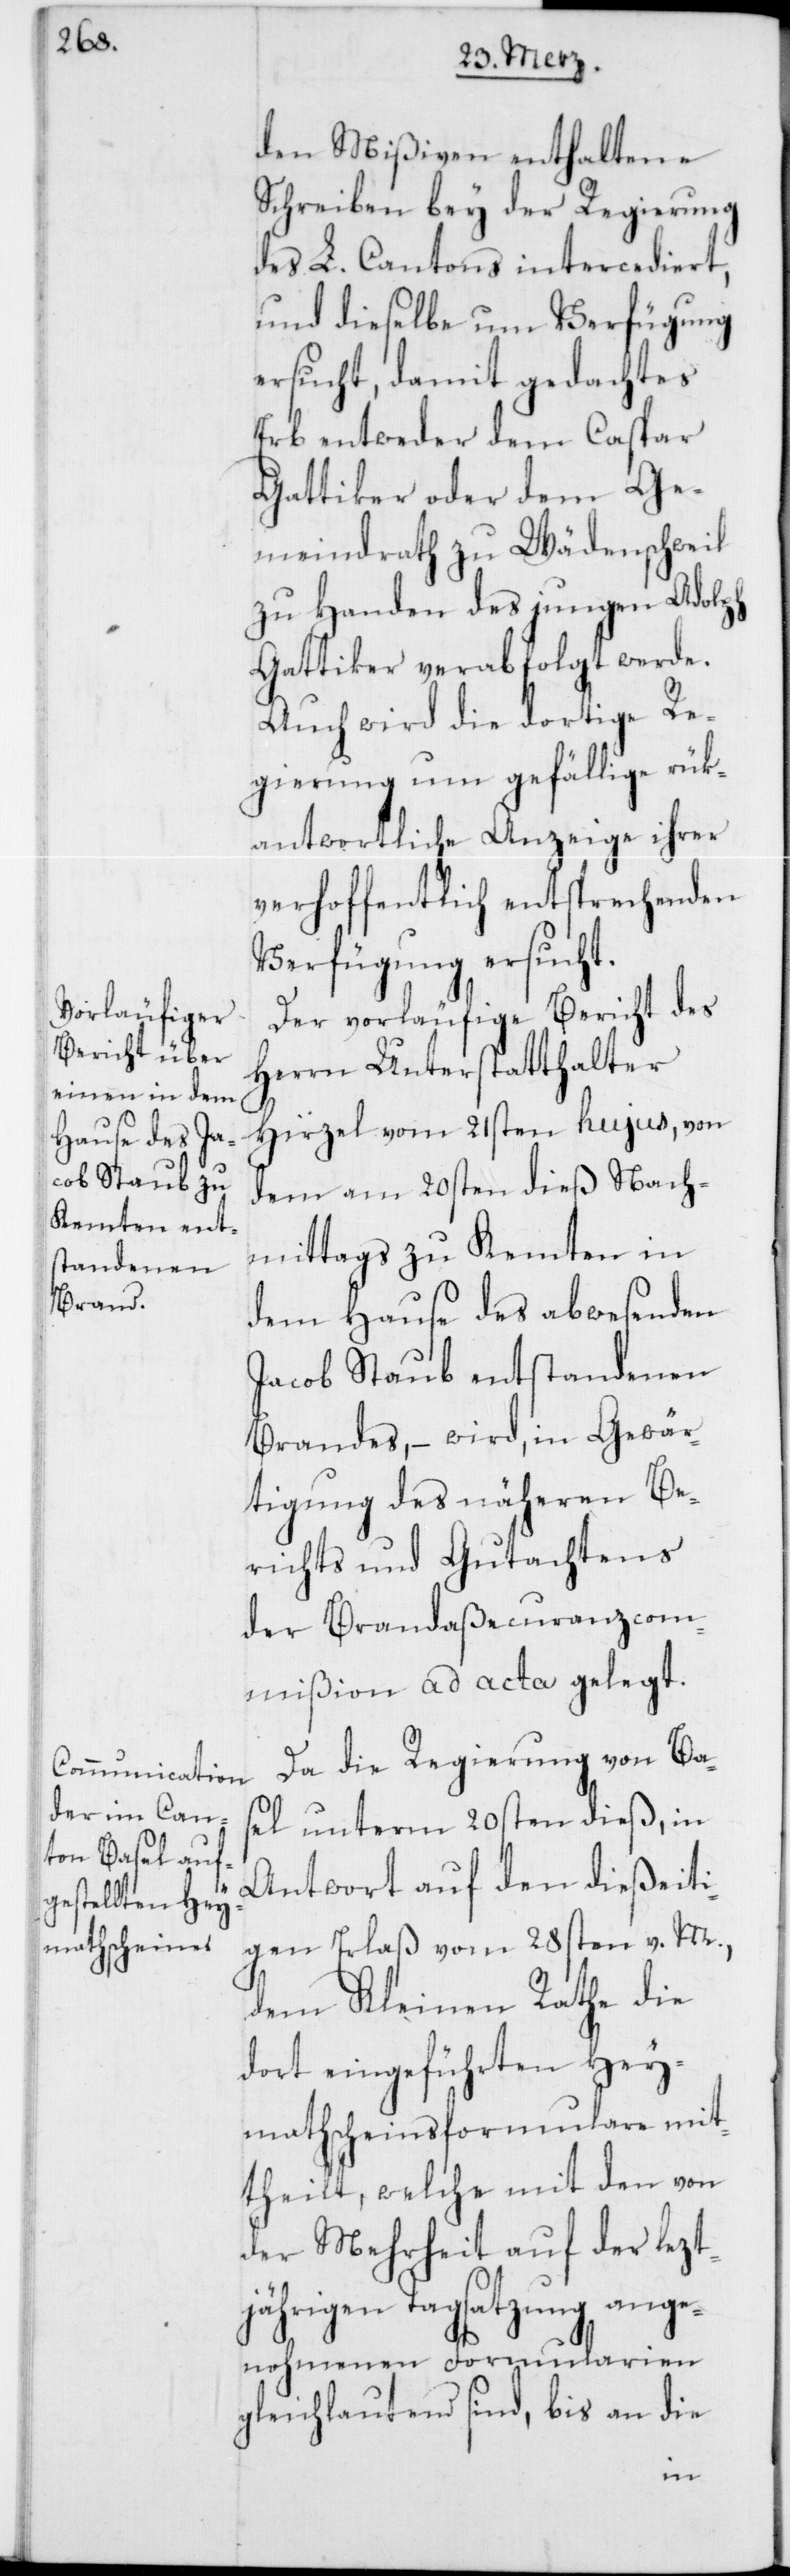
den Mißiven enthaltene
Schreiben bey der Regierung
des L. Cantons intercediert,
und dieselbe um Verfügung
ersucht, damit gedachtes
Erb entweder dem Caspar
Gattiker oder dem Ge¬
meindrath zu Wädenschweil
zu Handen des jungen Adolph
Gattiker verabfolgt werde.
Auch wird die dortige Re¬
gierung um gefällige rük¬
antwortliche Anzeige ihrer
verhoffentlich entsprechenden
Verfügung ersucht.
Der vorläufige Bericht des
Herrn Unterstatthalter
Hirzel vom 21sten hujus, von
dem am 20sten dieß Nach¬
mittags zu Kemten in
dem Hause des abwesenden
Jacob Staub entstandenen
Brandes, – wird in Gewär¬
tigung des näheren Be¬
richts und Gutachtens
der Brandaßecuranzcom¬
mißion ad acta gelegt.
Da die Regierung von Ba¬
sel unterm 20sten dieß, in
Antwort auf den dießeiti¬
gen Erlaß vom 28sten v. M.,
dem Kleinen Rathe die
dort eingeführten Hey¬
mathscheinsformulare mit¬
theilt, welche mit den von
der Mehrheit auf der lezt¬
jährigen Tagsatzung ange¬
nohmenen Formularien
gleichlautend sind, bis an die